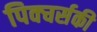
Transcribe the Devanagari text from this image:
पिक्चर्सकी